Indian journal of veterinary science and animal husbandry - Volume 11,
Year: 1941
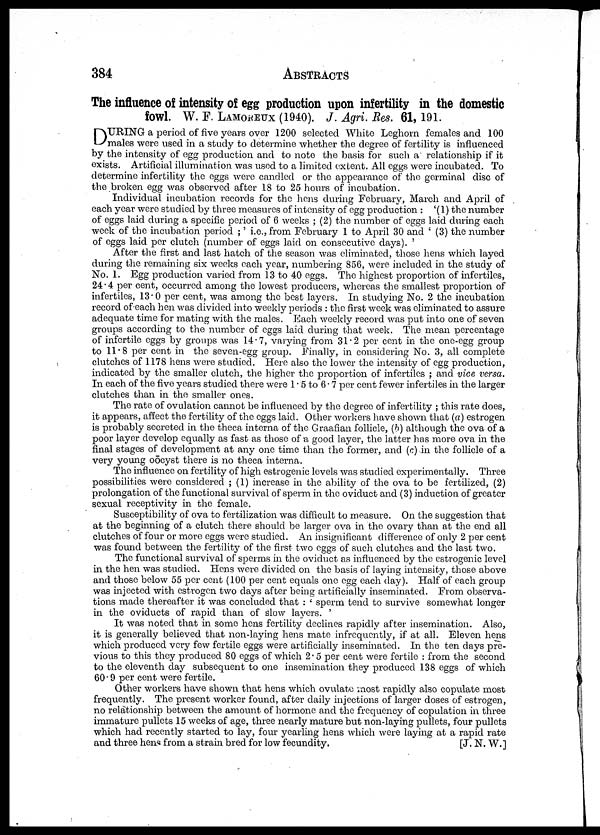
384 ABSTRACTS
The influence of intensity of egg production upon infertility in the domestic
fowl. W. F. LAMOREUX (1940). J.Agri.Res.
61, 191.
D URING a period of five years over 1200 selected White Leghorn females and 100
males were used in a study to determine whether the degree of fertility is influenced
by the intensity of egg production and to note the basis for such a relationship if it
exists. Artificial illumination was used to a limited extent. All eggs were incubated. To
determine infertility the eggs were candled or the appearance of the germinal disc of
the broken egg was observed after 18 to 25 hours of incubation.
Individual incubation records for the hens during February, March and April of
each year were studied by three measures of intensity of egg production : '(1) the number
of eggs laid during a specific period of 6 weeks ; (2) the number of eggs laid during each
week of the incubation period ;' i.e., from February 1 to April 30 and ' (3) the number
of eggs laid per clutch (number of eggs laid on consecutive days). '
After the first and last hatch of the season was eliminated, those hens which layed
during the remaining six weeks each year, numbering 856, were included in the study of
No. 1. Egg production varied from 13 to 40 eggs. The highest proportion of infertiles,
24.4 per cent, occurred among the lowest producers, whereas the smallest proportion of
infertiles, 13.0 per cent, was among the best layers. In studying No. 2 the incubation
record of each hen was divided into weekly periods : the first week was eliminated to assure
adequate time for mating with the males. Each weekly record was put into one of seven
groups according to the number of eggs laid during that week. The mean percentage
of infertile eggs by groups was 14.7, varying from 31.2 per cent in the one-egg group
to 11.8 per cent in the seven-egg group. Finally, in considering No. 3, all complete
clutches of 1178 hens were studied. Here also the lower the intensity of egg production,
indicated by the smaller clutch, the higher the proportion of infertiles ; and vice versa.
In each of the five years studied there were 1.5 to 6.7 per cent fewer infertiles in the larger
clutches than in the smaller ones.
The rate of ovulation cannot be influenced by the degree of infertility ; this rate does,
it appears, affect the fertility of the eggs laid. Other workers have shown that (a) estrogen
is probably secreted in the theca interna of the Graafian follicle, (b) although the ova of a
poor layer develop equally as fast as those of a good layer, the latter has more ova in the
final stages of development at any one time than the former, and (c) in the follicle of a
very young oōcyst there is no theca interna.
The influence on fertility of high estrogenic levels was studied experimentally. Three
possibilities were considered ; (1) increase in the ability of the ova to be fertilized, (2)
prolongation of the functional survival of sperm in the oviduct and (3) induction of greater
sexual receptivity in the female.
Susceptibility of ova to fertilization was difficult to measure. On the suggestion that
at the beginning of a clutch there should be larger ova in the ovary than at the end all
clutches of four or more eggs were studied. An insignificant difference of only 2 per cent
was found between the fertility of the first two eggs of such clutches and the last two.
The functional survival of sperms in the oviduct as influenced by the estrogenic level
in the hen was studied. Hens were divided on the basis of laying intensity, those above
and those below 55 per cent (100 per cent equals one egg each day). Half of each group
was injected with estrogen two days after being artificially inseminated. From observa
tions made thereafter it was concluded that : ' sperm tend to survive somewhat longer
in the oviducts of rapid than of slow layers. '
It was noted that in some hens fertility declines rapidly after insemination. Also,
it is generally believed that non-laying hens mate infrequently, if at all. Eleven hens
which produced very few fertile eggs were artificially inseminated. In the ten days pre
vious to this they produced 80 eggs of which 2.5 per cent were fertile : from the second
to the eleventh day subsequent to one insemination they produced 138 eggs of which
60.9 per cent were fertile.
Other workers have shown that hens which ovulate most rapidly also copulate most
frequently. The present worker found, after daily injections of larger doses of estrogen,
no relationship between the amount of hormone and the frequency of copulation in three
immature pullets 15 weeks of age, three nearly mature but non-laying pullets, four pullets
which had recently started to lay, four yearling hens which were laying at a rapid rate
and three hens from a strain bred for low fecundity.
[J. N. W.]